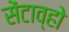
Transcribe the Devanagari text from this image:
सेंटाव्हो